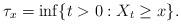
LaTeX: \begin{align*} \tau_{x} = \inf\{ t > 0: X_{t} \geq x\} .\end{align*}